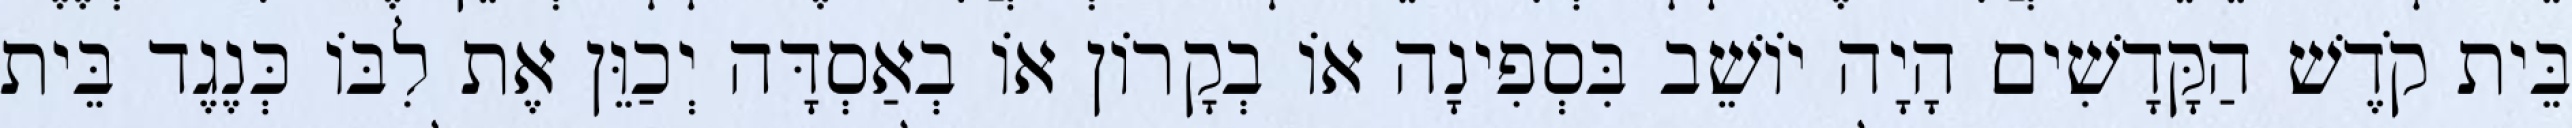
בֵּית קֹדֶשׁ הַקָּדָשִׁים הָיָה יוֹשֵׁב בִּסְפִינָה אוֹ בְקָרוֹן אוֹ בְאַסְדָּה יְכַוֵּן אֶת לִבּוֹ כְּנֶגֶד בֵּית